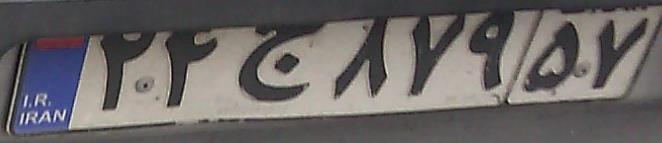
۲۴ج۸۷۹۵۷